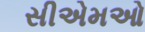
સીએમઓ